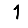
Digit: 1